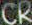
CR